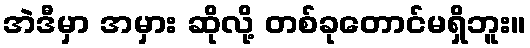
အဲဒီမှာ အမှား ဆိုလို့ တစ်ခုတောင်မရှိဘူး။